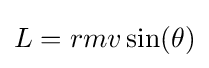
L=rmv\sin(\theta )